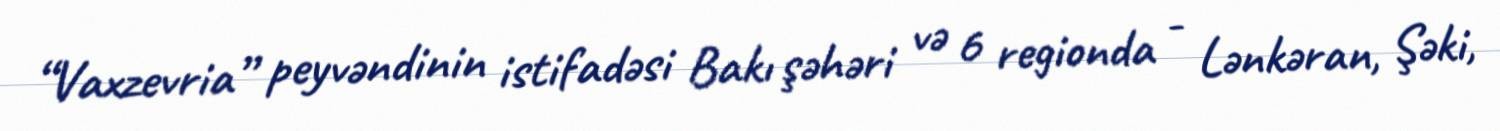
“Vaxzevria” peyvəndinin istifadəsi Bakı şəhəri və 6 regionda - Lənkəran, Şəki,